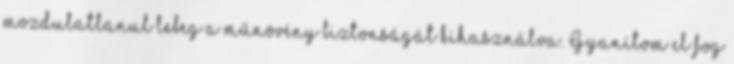
mozdulatlanul lebeg a műnövény biztonságát kihasználva. Gyanítom el fog